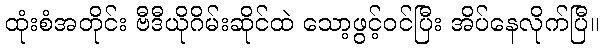
ထုံးစံအတိုင်း ဗီဒီယိုဂိမ်းဆိုင်ထဲ သော့ဖွင့်ဝင်ပြီး အိပ်နေလိုက်ပြီ။